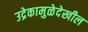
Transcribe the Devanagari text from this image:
उद्रेकामुळेदेखील